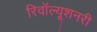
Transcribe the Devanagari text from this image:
रिवॉल्यूशनरी